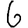
Digit: 6